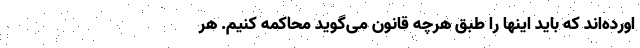
اورده‌اند که باید اینها را طبق هرچه قانون می‌گوید محاکمه کنیم. هر